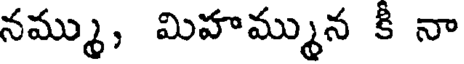
నమ్ము, మిహమ్మున కీ నా